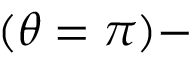
( \theta = \pi ) -